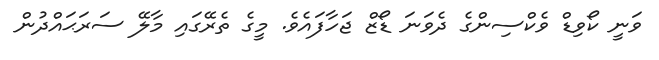
ވަނީ ކޯވިޑް ވެކްސިންގެ ދެވަނަ ޑޯޒް ޖަހާފައެވެ. މީގެ ތެރޭގައި މާލޭ ސަރަޙައްދުން